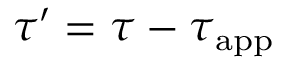
{ \boldsymbol { \tau } } ^ { \prime } = { \boldsymbol { \tau } } - { \boldsymbol { \tau } } _ { \mathrm { a p p } }